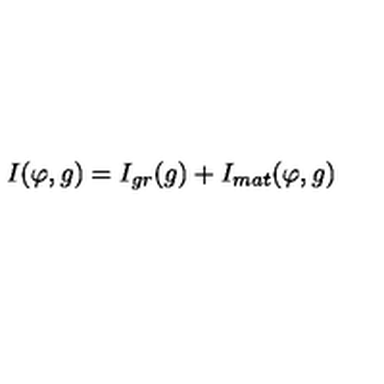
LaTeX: I ( \varphi , g ) = I _ { g r } ( g ) + I _ { m a t } ( \varphi , g )